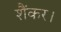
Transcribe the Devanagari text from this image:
शैंकर।